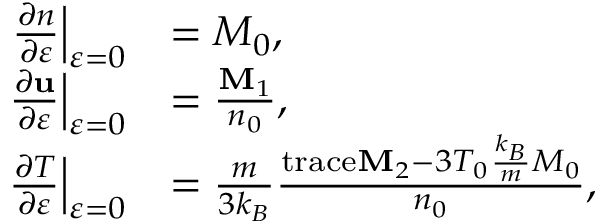
\begin{array} { r l } { \left. \frac { \partial n } { \partial \varepsilon } \right| _ { \varepsilon = 0 } } & { = M _ { 0 } , } \\ { \left. \frac { \partial \mathbf { u } } { \partial \varepsilon } \right| _ { \varepsilon = 0 } } & { = \frac { \mathbf { M } _ { 1 } } { n _ { 0 } } , } \\ { \left. \frac { \partial T } { \partial \varepsilon } \right| _ { \varepsilon = 0 } } & { = \frac { m } { 3 k _ { B } } \frac { \mathrm { t r a c e } \mathbf { M } _ { 2 } - 3 T _ { 0 } \frac { k _ { B } } { m } M _ { 0 } } { n _ { 0 } } , } \end{array}